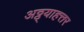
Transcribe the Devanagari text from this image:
अठ्ठ्याहत्तर